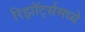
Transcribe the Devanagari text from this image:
रिझॉर्ट्‍समध्ये